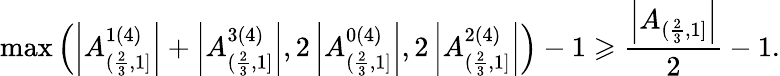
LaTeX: \operatorname*{max}\left(\left|A_{(\frac{2}{3},1]}^{1(4)}\right|+\left|A_{(\frac{2}{3},1]}^{3(4)}\right|,2\left|A_{(\frac{2}{3},1]}^{0(4)}\right|,2\left|A_{(\frac{2}{3},1]}^{2(4)}\right|\right)-1\geqslant\frac{\left|A_{(\frac{2}{3},1]}\right|}{2}-1.